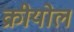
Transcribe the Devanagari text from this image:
क्रीयोल